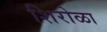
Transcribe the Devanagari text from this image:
शिरोळा